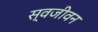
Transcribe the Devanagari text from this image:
स्वजीवन